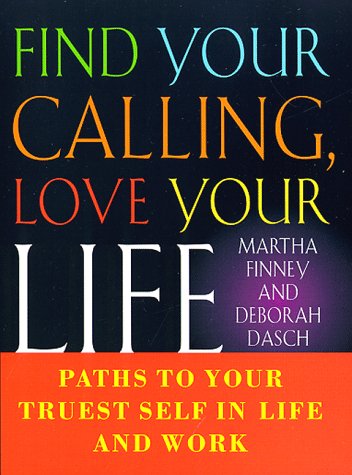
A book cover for Find Your Calling Love Your Life: Paths to Your Truest Self in Life and Work; Deborah Dasch; Business & Money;